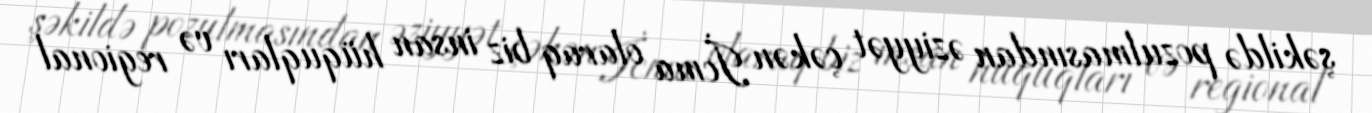
şəkildə pozulmasından əziyyət çəkən İcma olaraq biz insan hüquqları və regional